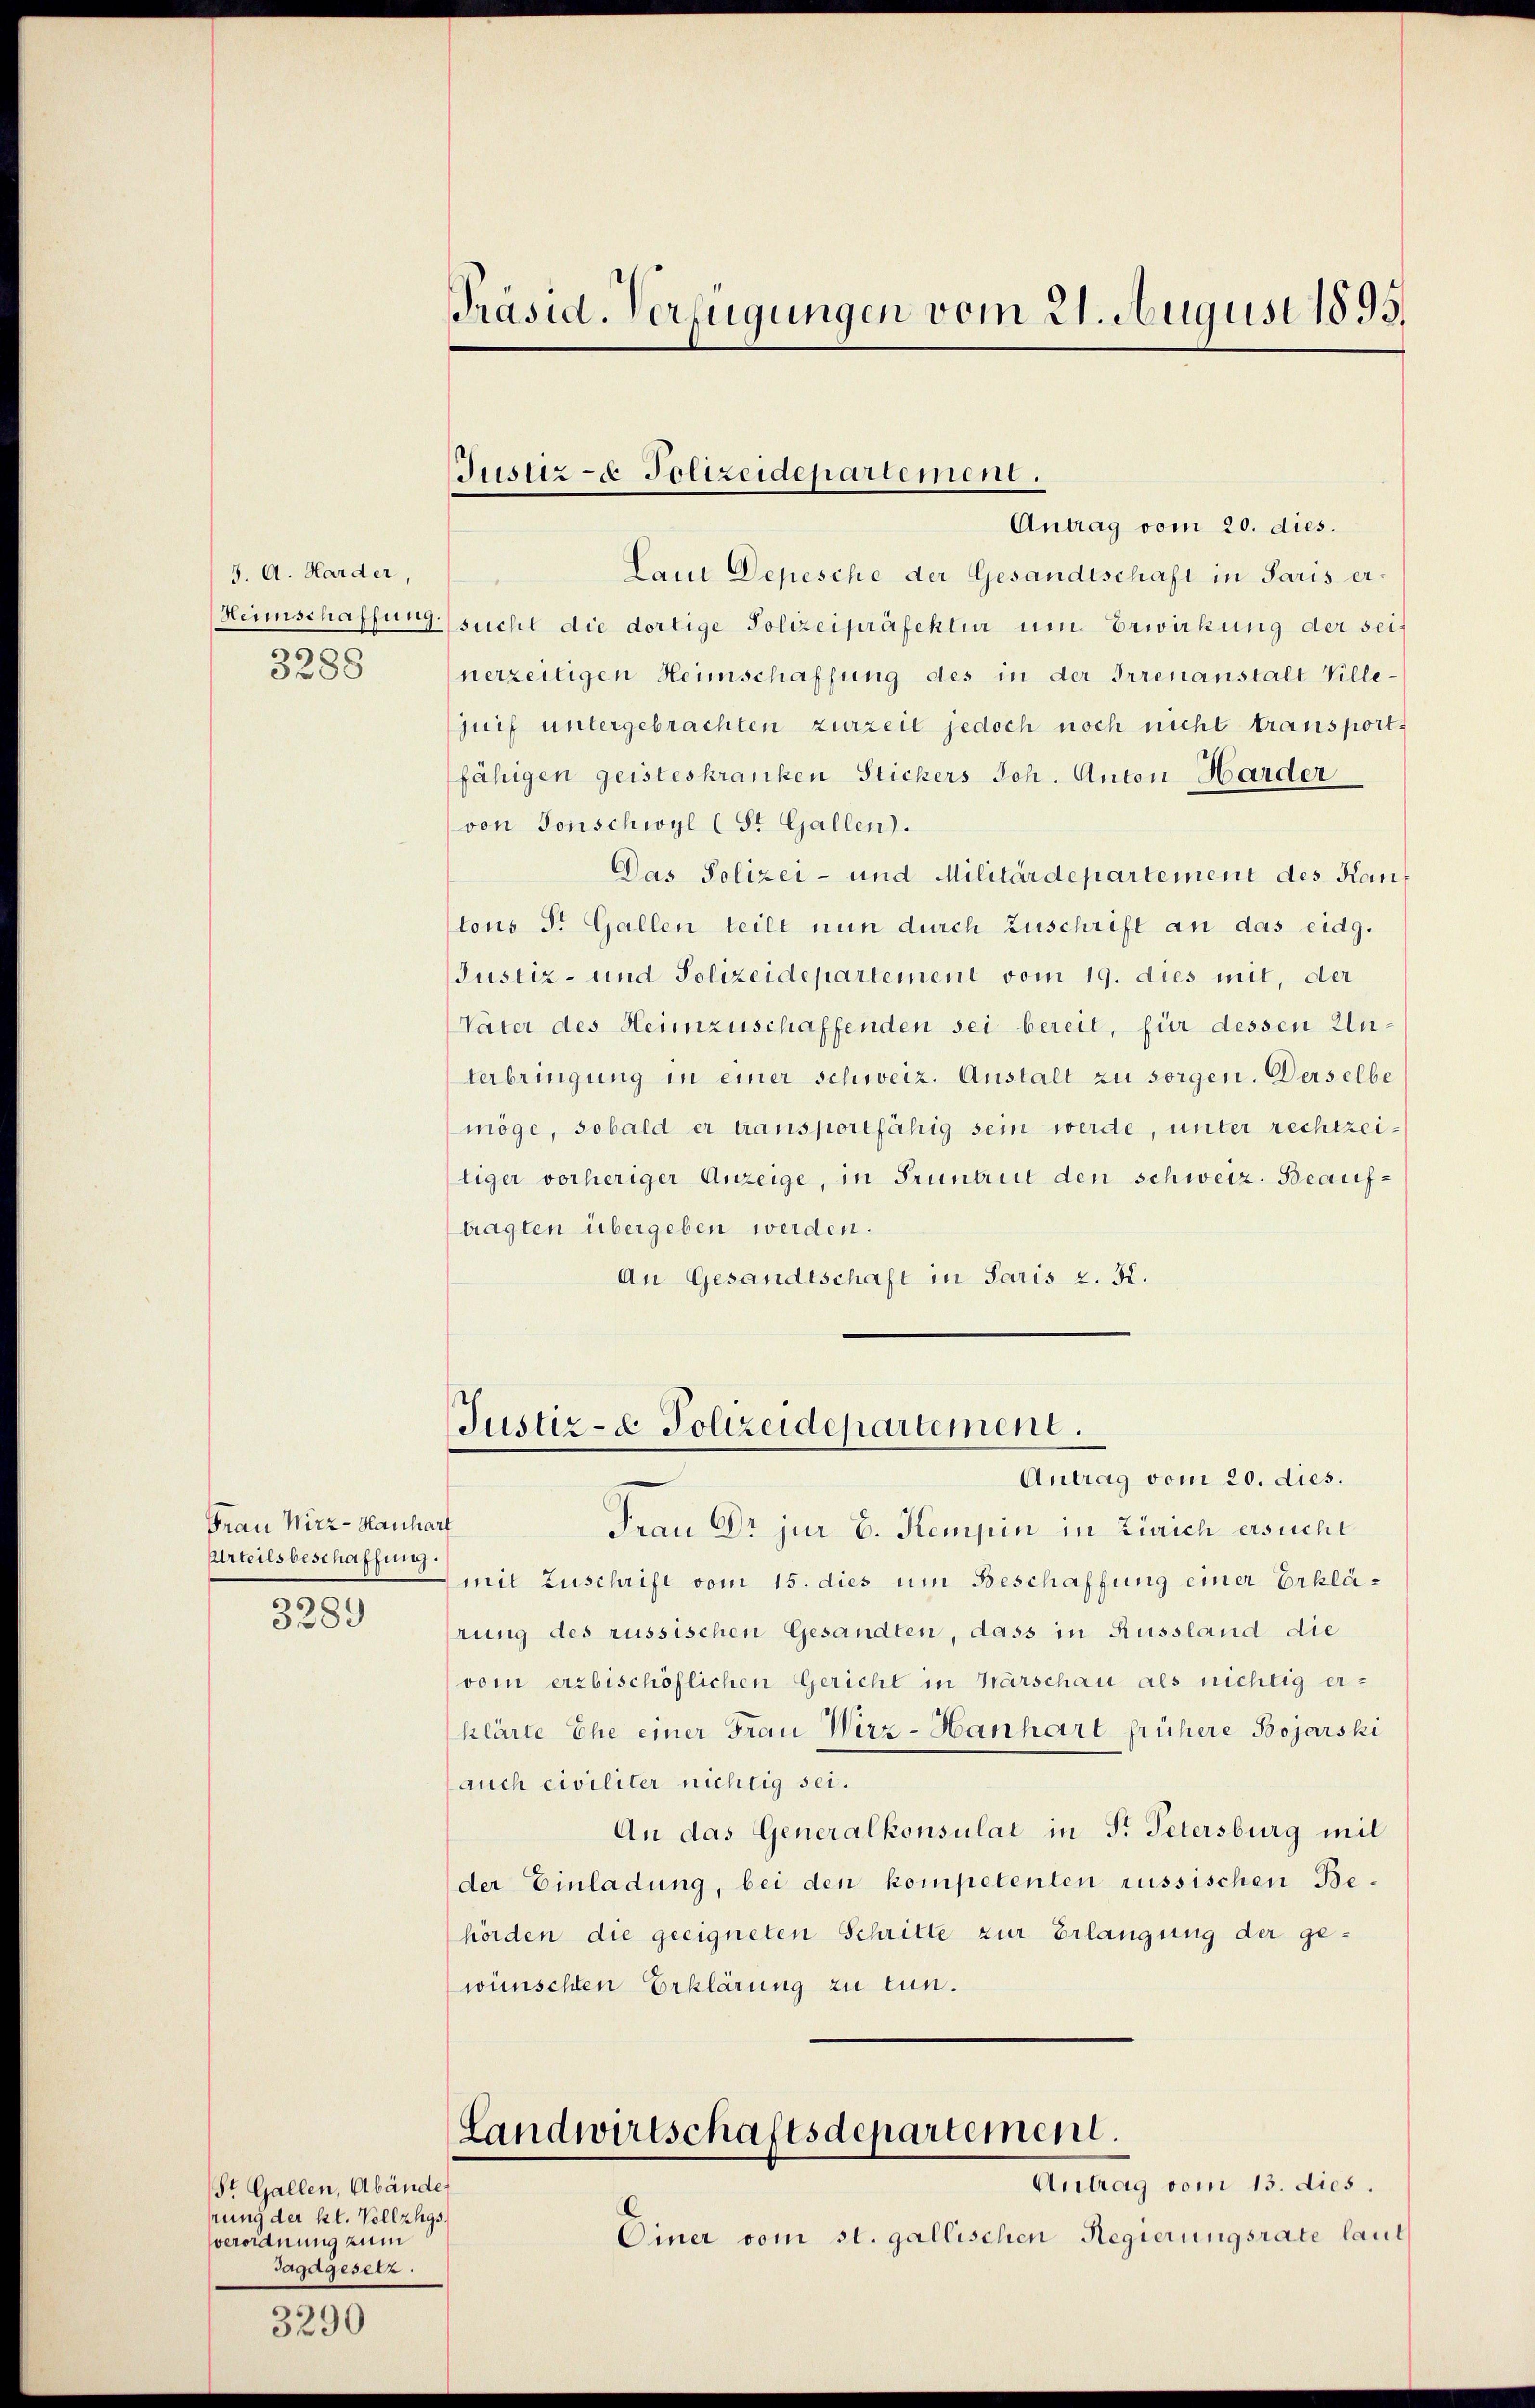
3. A. Harder,
3288

Frau Wirz - Hanhart
Urteilsbeschaffung.
30.

3389

St. Gallen, Abände
hrung der kl. Vollzugs
verordnung zum
Jagagesetz.

3290

Präsid. Verfügungen vom 21. August 1895.

Laut Depesche der Gesandtschaft in Paris er¬
Heimschaffung sucht die dortige Polizeipräfeklin um Erwirkung der seif
nerzeitigen Heimschaffung des in der Irrenanstalt Villejuif untergebrachten zurzeit jedoch noch nicht transport
fähigen geisteskranken Stickers Joh. Anton Harder
von Tonschwyl (St. Gallen.
Das Polizei- und Militärdepartement des Kauf
tons St. Gallen teilt nun durch Zuschrift an das eidg.
Justiz- und Polizeidepartement vom 19. dies mit, der
Vater des Heimzuschaffenden sei bereit, für dessen Un¬
Verbringung in einer schweiz. Anstalt zu sorgen. Derselbe
möge, sobald er transportfähig sein werde, unter rechtzeitiger vorheriger Anzeige, in Fründen den schweiz. Beauftragten übergeben werden.
An Gesandtschaft in Paris z. K.

Justiz - Polizeidepartement.
Antrag vom 20. dies.

Justiz- & Polizeidepartement.
Antrag vom 20. dies.

Frau Dr. jur E. Kempin in Zürich ersucht
mit Zuschrift vom 15. dies um Beschaffung einer Erklärung des russischen Gesandten, dass in Russland die
vom erzbischöflichen Gericht in Wärschau als nichtig erklärte Ehe einer Frau Wirz-Hanhart frühere Bojarski
auch civiliter nichtig sei.
An das Generalkonsulat in F. Petersburg mit
der Einladung, bei den kompetenten russischen Behörden die geeigneten Schritte zur Erlangung der gewünschten Erklärung zu tun.

Landwirtschaftsdepartement.
Antrag vom 13. dies.

Einer vom st. gallischen Regierungsrate laut